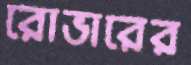
রোভারের